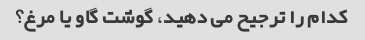
کدام را ترجیح می دهید، گوشت گاو یا مرغ؟